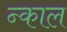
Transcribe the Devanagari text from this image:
न्काल